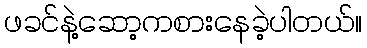
ဖခင်နဲ့ဆော့ကစားနေခဲ့ပါတယ်။